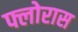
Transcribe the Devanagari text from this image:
फ्लोरास